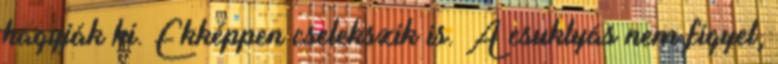
hagyják ki. Ekképpen cselekszik is. A csuklyás nem figyel,